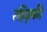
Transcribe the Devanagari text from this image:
रहिड़की